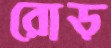
রোড়